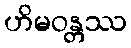
ဟိမဝန္တဿ